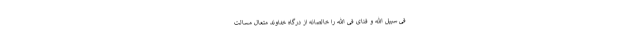
فی سبیل الله و فنای فی الله را خالصانه از درگاه خداوند متعال مسالت